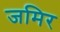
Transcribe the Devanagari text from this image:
जमिर